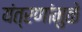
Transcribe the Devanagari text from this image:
यंत्रणांमुळे